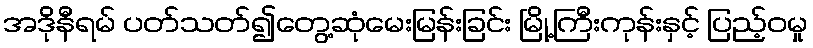
အဒိုနီရမ် ပတ်သတ်၍တွေ့ဆုံမေးမြန်းခြင်း မြို့ကြီးကုန်းနှင့် ပြည့်ဝမှု